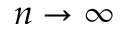
n \to \infty